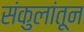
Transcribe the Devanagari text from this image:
संकुलांतून